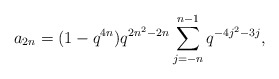
\begin{align*} a_{2n} = (1-q^{4n})q^{2n^2-2n}\sum_{j=-n}^{n-1}q^{-4j^2-3j},\end{align*}